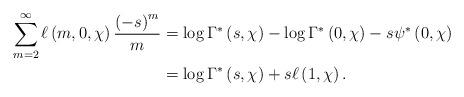
LaTeX: \begin{align*}\sum_{m=2}^{\infty}\ell\left( m,0,\chi\right) \frac{\left( -s\right) ^{m}}{m} & =\log\Gamma^{\ast}\left( s,\chi\right) -\log\Gamma^{\ast}\left(0,\chi\right) -s\psi^{\ast}\left( 0,\chi\right) \\& =\log\Gamma^{\ast}\left( s,\chi\right) +s\ell\left( 1,\chi\right) .\end{align*}